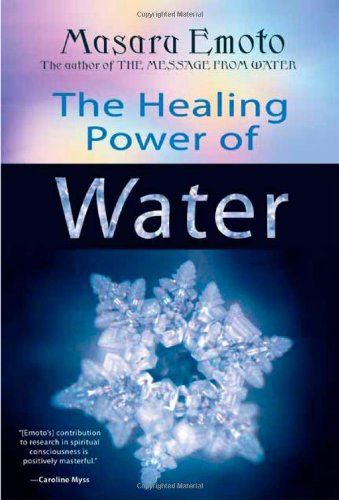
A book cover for The Healing Power of Water; Masaru Emoto; Self-Help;